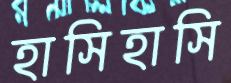
হাসিহাসি